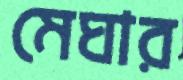
মেঘার